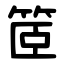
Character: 䇫